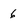
Character: 6